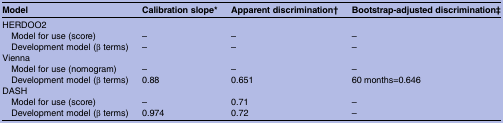
| Model | Calibration slope* | Apparent discrimination† | Bootstrap-adjusted discrimination‡ |
 | --- | --- | --- | --- |
 | <COLSPAN=4> HERDOO2 |
 | Model for use (score) | – | – | – |
 | Development model (β terms) | – | – | – |
 | <COLSPAN=4> Vienna |
 | Model for use (nomogram) | – | – | – |
 | Development model (β terms) | 0.88 | 0.651 | 60 months=0.646 |
 | <COLSPAN=4> DASH |
 | Model for use (score) | – | 0.71 | – |
 | Development model (β terms) | 0.974 | 0.72 | – |